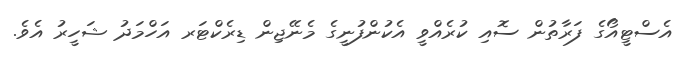
އެސްޓީއޯގެ ފަރާތުން ސޮއި ކުރެއްވީ އެކުންފުނީގެ މެނޭޖިން ޑިރެކްޓަރ އަހްމަދު ޝަހީރު އެވެ.